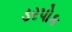
ડરપોક